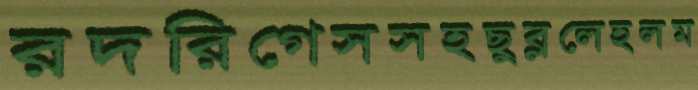
রদরিগেসসহছুব্‌ললেহলম